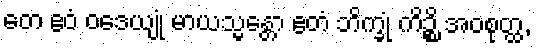
တေ ဧဝံ ဝဒေယျုံ မာယသ္မန္တော ဧတံ ဘိက္ခုံ ကိဉ္စိ အဝစုတ္ထ,